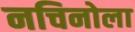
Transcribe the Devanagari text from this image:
नचिनोला